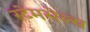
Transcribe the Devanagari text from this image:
स्टेमसेल्स